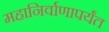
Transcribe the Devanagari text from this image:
महानिर्वाणापर्यंत